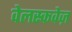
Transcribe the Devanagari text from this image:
वेलस्कवेज़